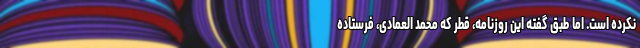
نکرده است. اما طبق گفته این روزنامه، قطر که محمد العمادی، فرستاده